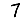
Digit: 7